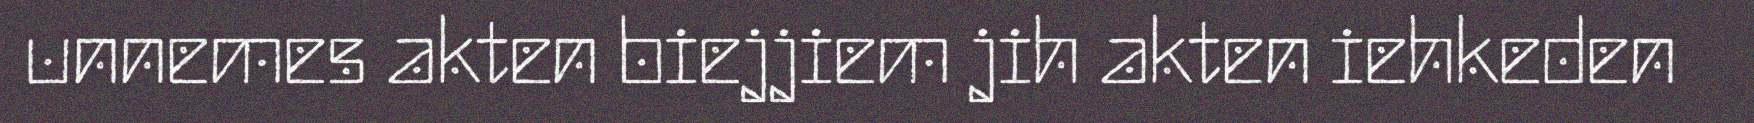
unnemes akten biejjiem jih akten iehkeden